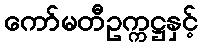
ကော်မတီဥက္ကဋ္ဌနှင့်